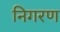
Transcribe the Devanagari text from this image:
निगरण